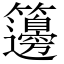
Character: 籩